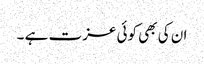
ان کی بھی کوئی عزت ہے ۔